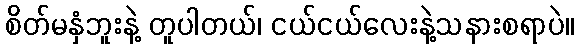
စိတ်မနှံဘူးနဲ့ တူပါတယ်၊ ငယ်ငယ်လေးနဲ့သနားစရာပဲ။